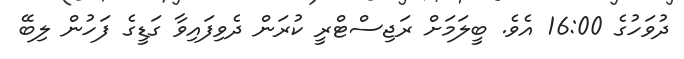
ދުވަހުގެ 16:00 އެވެ. ބީލަމަށް ރަޖިސްޓްރީ ކުރަން ދެވިފައިވާ ގަޑީގެ ފަހުން ލިބޭ